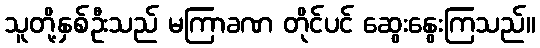
သူတို့နှစ်ဦးသည် မကြာခဏ တိုင်ပင် ဆွေးနွေးကြသည်။